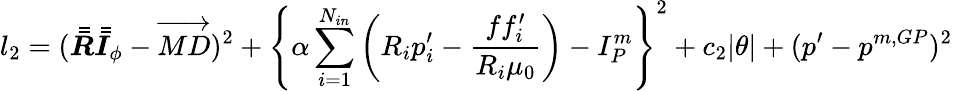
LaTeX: l_{2}=(\bar{\bar{\boldsymbol{R}}}\bar{\bar{\boldsymbol{I}}}_{\phi}-\overrightarrow{MD})^{2}+\Bigg\{ \alpha\sum_{i=1}^{N_{in}}\bigg(R_{i}p_{i}^{\prime}-\frac{ff_{i}^{\prime}}{R_{i}\mu_{0}}\bigg)-I_{P}^{m}\Bigg\} ^{2}+c_{2}|\theta|+(p^{\prime}-p^{m,GP})^{2}